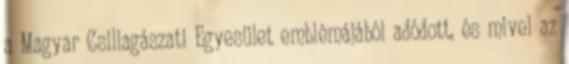
a Magyar Csillagászati Egyesület emblémájából adódott, és mivel az